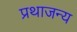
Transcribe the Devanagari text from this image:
प्रथाजन्य